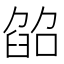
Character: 𦥵